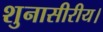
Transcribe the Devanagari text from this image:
शुनासीरीय।